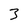
Character: 3